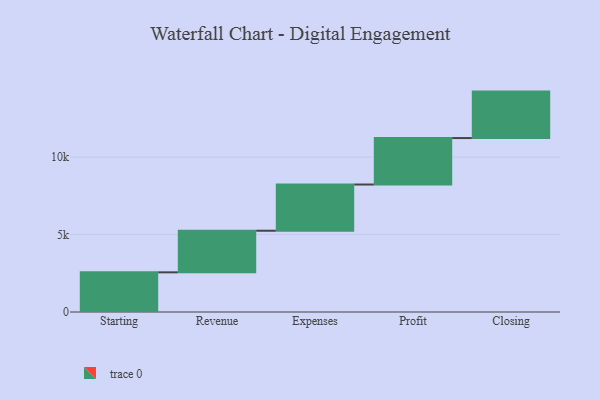
{"axis": {"x": "Step", "y": "Value"}, "legend": [""], "data": [{"x": "Starting", "y": 2561.0, "type": ""}, {"x": "Revenue", "y": 2687.0, "type": ""}, {"x": "Expenses", "y": 2984.0, "type": ""}, {"x": "Profit", "y": 3000, "type": ""}, {"x": "Closing", "y": 3000, "type": ""}]}